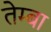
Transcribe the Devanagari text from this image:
तेम्बा